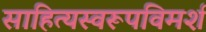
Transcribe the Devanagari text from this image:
साहित्यस्वरूपविमर्श